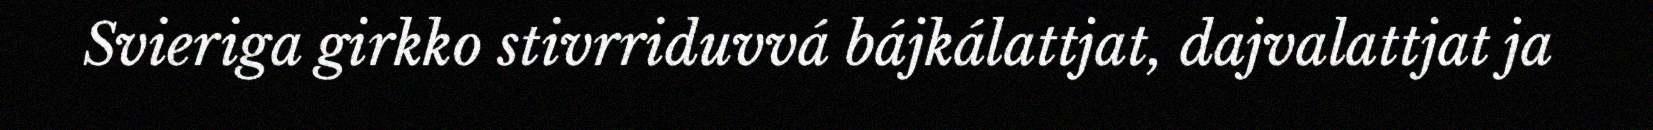
Svieriga girkko stivrriduvvá bájkálattjat, dajvalattjat ja